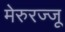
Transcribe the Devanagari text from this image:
मेरुरज्जू